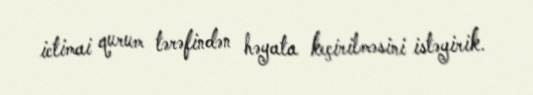
ictimai qurum tərəfindən həyata keçirilməsini istəyirik.